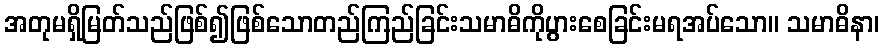
အတုမရှိမြတ်သည်ဖြစ်၍ဖြစ်သောတည်ကြည်ခြင်းသမာဓိကိုပွားစေခြင်းမရအပ်သော။ သမာဓိနာ၊